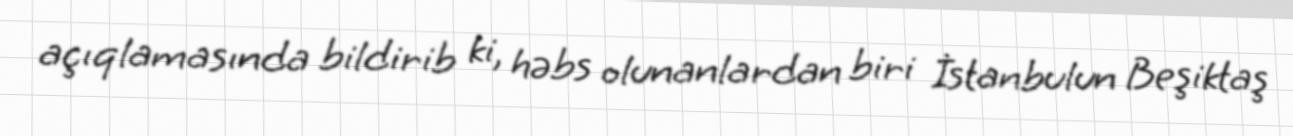
açıqlamasında bildirib ki, həbs olunanlardan biri İstanbulun Beşiktaş